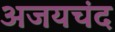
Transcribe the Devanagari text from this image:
अजयचंद